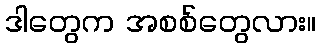
ဒါတွေက အစစ်တွေလား။